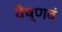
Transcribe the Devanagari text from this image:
वैष्णवं